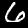
Digit: 6